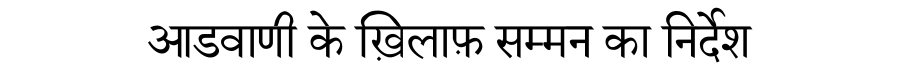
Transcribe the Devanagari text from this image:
आडवाणी के ख़िलाफ़ सम्मन का निर्देश